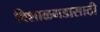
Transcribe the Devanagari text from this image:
विशाळगडासाठी